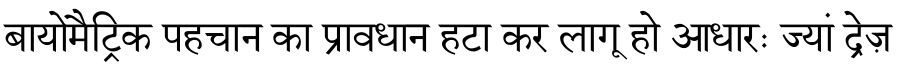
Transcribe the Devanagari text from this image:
बायोमैट्रिक पहचान का प्रावधान हटा कर लागू हो आधारः ज्यां द्रेज़